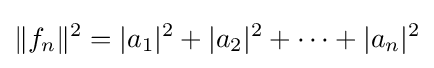
\|f_{n}\|^{2}=|a_{1}|^{2}+|a_{2}|^{2}+\cdots +|a_{n}|^{2}